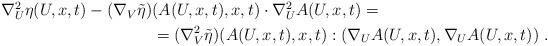
LaTeX: \begin{align*}\begin{aligned}\nabla^2_U \eta (U,x,t) - (\nabla_V \tilde{\eta} )& (A(U,x,t),x,t) \cdot \nabla^2_U A(U,x,t)= \\&=(\nabla_V^2 \tilde{\eta})(A(U,x,t),x,t) : ( \nabla_U A(U,x,t) , \nabla_U A(U,x,t) ) \;.\end{aligned}\end{align*}